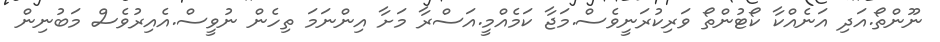
ނޫންތޯ.އަދި އަނެއްކާ ކޯޓުންތޯ ވަރިކުރަނީވެސް.މަޖާ ކަމެއްމީ.އަސްރާ މަށާ އިންނަމަ ތިހެން ނުވީސް.އެއިރުވެސް މަބުނިން